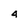
Character: 4